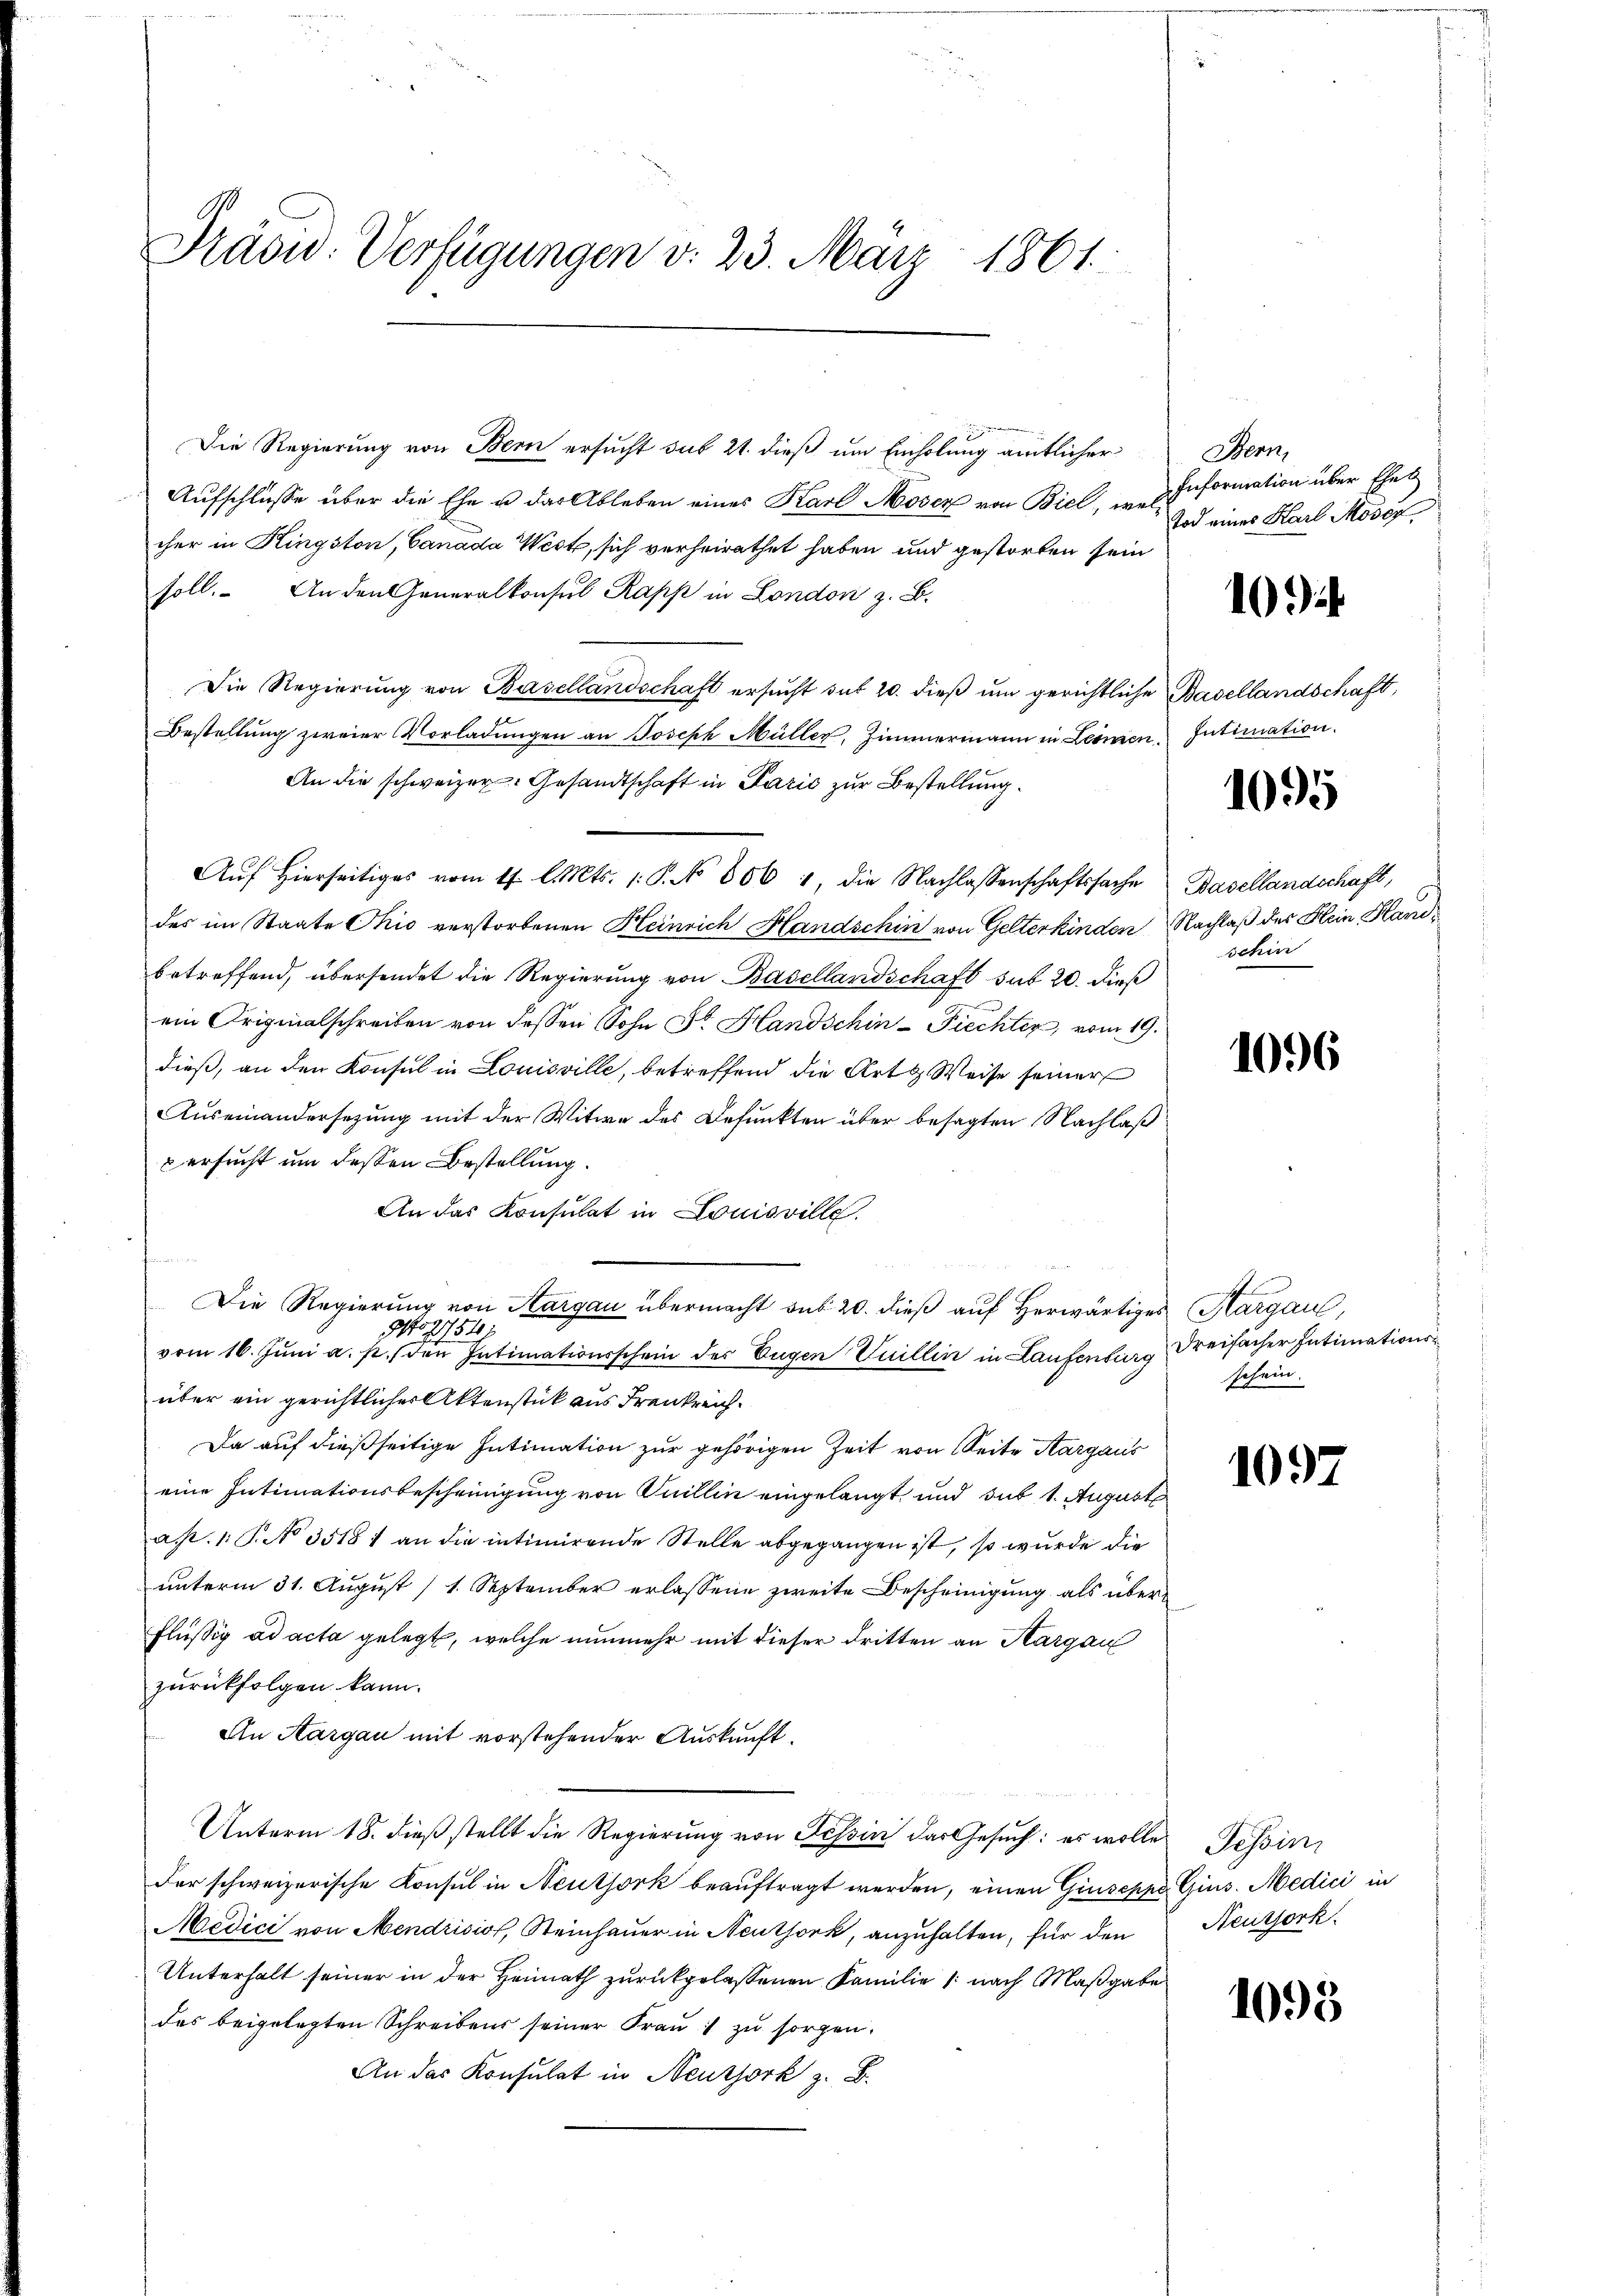
Präsid. Verfügungen v. 23. März 1861.

Die Regierung von Bern ersucht sub 21. dieß um Einholung amtlicher
Aufschlüsse über die Ehe u das Ableben eines Karl Moser von Biel, u. Information über Ehel
cher in Kingston, Canada West, sich verheirathet haben und gestorben sein
soll. An den Generalkonsul Rapp in London z. B.
Die Regierung von Basellandschaft ersucht sub 20. dieß um gerichtliche Basellandschaft,
Bestellung zweier Vorladungen an Joseph Müller, Zimmermann in Leinen Intimation.
An die schweizer. Gesandtschaft in Parić zur Bestellung
Aŭf Hierseitiges vom 17. l. Mts. 1. P. No 806 1, die Nachlassenschaftssache
des im Staate Ohio verstorbenen Heinrich Handschin von Gelterkinden Nachlaß des Klein Hand
betreffend, übersendet die Regierung von Basellandschaft sub 20. dieß
ein Originalschreiben von dessen Sohn Fr. Handschin-Fiechter, vom 19.
dieß, an den Konsul in Louisville, betreffend die Art Weise seiner
Auseinandersezung mit der Witwe des Befunkten über besagten Nachlaß
 ersucht um dessen Bestellung.
An das Konsulat in Louisville.
Die Regierung von Kargau übermacht sub 20. dieß auf herwärtiges (Margau,
go 1754/
vom 16. Juni a. p. den Intimationsschein des Eugen Vuillin in Laufenberg dreifacher Intimationsüber ein gerichtlicher Aktenstück aus Frenkreich¬
Da auf dießseitige Intimation zur gehörigen Zeit von Seite Kargaus
eine Intimationsbescheinigung von Suillin eingelangt und sub 1. August
ap. 1. P. No 35181 an die intimirende Stelle abgegangen ist, so wurde die
unterm 31. August (1. September erlassene zweite Bescheinigung als über¬
Flüssig ad acta gelegt, welche nunmehr mit dieser dritten an Aargau
zurückfolgen kann.
An Aargau mit vorstehender Auskauft.
Unterm 18. dieß stellt die Regierung von Tessin das Gesuch: es wolle Tessin
der schweizerische Konsul in Neutjork beauftragt werden, einen Giuseppo Gius. Medici in
Medici von Mendrisiss, Steinhauer in Neuthork, anzuhalten, für den
Unterhalt seiner in der Heimath zurückgelassenen Familie /: nach Maßgabe
des beigelegten Schreibens seiner Frau zu sorgen.
An das Konsulat in Neussork z. B.

Stern,
Tod eines Karl Moser,

10

1095

Basellandschaft,
schin

1096

h
schein.

1097

Neuzjork.

1095